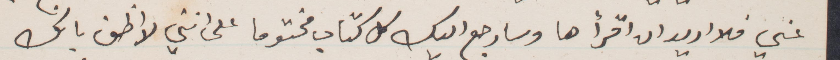
عني فلا اريد ان اقرأها وسارجع اليك اليك كل كتاب مختومًا على انني لأظن بانك